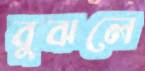
বুঝলে